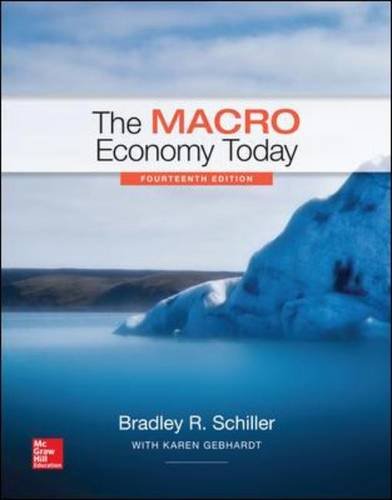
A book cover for The Macro Economy Today, 14 Edition (The Mcgraw-Hill Series in Economics); Bradley Schiller; Business & Money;